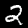
Label: 2